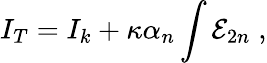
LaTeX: I_{T}=I_{k}+\kappa\alpha_{n}\int{\cal E}_{2n}\; ,